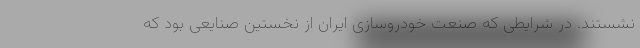
نشستند. در شرایطی که صنعت خودروسازی ایران از نخستین صنایعی بود که